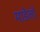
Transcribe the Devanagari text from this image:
माडेलों